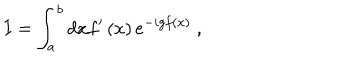
LaTeX: I = \int _ { a } ^ { b } d x f ^ { \prime } \left( x \right) e ^ { - i g f \left( x \right) } \ ,